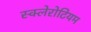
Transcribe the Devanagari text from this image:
स्क्लेरोटियम